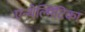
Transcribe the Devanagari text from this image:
एन्थेल्मिंटिका